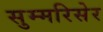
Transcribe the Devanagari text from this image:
सुम्मरिसेर